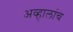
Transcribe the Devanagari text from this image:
अव्हालांच